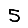
Digit: 5